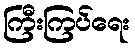
ကြီးကြပ်ရေး